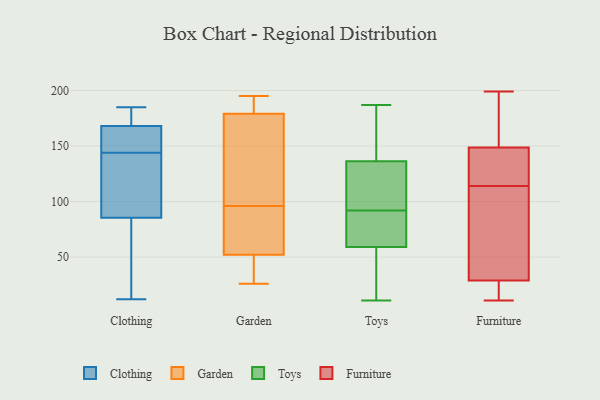
{"axis": {"x": "Temperature (°C)", "y": "Value"}, "legend": ["Clothing", "Furniture", "Garden", "Toys"], "data": [{"x": "", "y": 147, "type": "Clothing"}, {"x": "", "y": 182, "type": "Clothing"}, {"x": "", "y": 90, "type": "Clothing"}, {"x": "", "y": 185, "type": "Clothing"}, {"x": "", "y": 167, "type": "Clothing"}, {"x": "", "y": 114, "type": "Clothing"}, {"x": "", "y": 149, "type": "Clothing"}, {"x": "", "y": 110, "type": "Clothing"}, {"x": "", "y": 32, "type": "Clothing"}, {"x": "", "y": 169, "type": "Clothing"}, {"x": "", "y": 156, "type": "Clothing"}, {"x": "", "y": 185, "type": "Clothing"}, {"x": "", "y": 12, "type": "Clothing"}, {"x": "", "y": 174, "type": "Clothing"}, {"x": "", "y": 74, "type": "Clothing"}, {"x": "", "y": 138, "type": "Clothing"}, {"x": "", "y": 24, "type": "Clothing"}, {"x": "", "y": 81, "type": "Clothing"}, {"x": "", "y": 141, "type": "Clothing"}, {"x": "", "y": 149, "type": "Clothing"}, {"x": "", "y": 51, "type": "Garden"}, {"x": "", "y": 83, "type": "Garden"}, {"x": "", "y": 114, "type": "Garden"}, {"x": "", "y": 85, "type": "Garden"}, {"x": "", "y": 123, "type": "Garden"}, {"x": "", "y": 26, "type": "Garden"}, {"x": "", "y": 34, "type": "Garden"}, {"x": "", "y": 52, "type": "Garden"}, {"x": "", "y": 187, "type": "Garden"}, {"x": "", "y": 83, "type": "Garden"}, {"x": "", "y": 105, "type": "Garden"}, {"x": "", "y": 195, "type": "Garden"}, {"x": "", "y": 194, "type": "Garden"}, {"x": "", "y": 149, "type": "Garden"}, {"x": "", "y": 39, "type": "Garden"}, {"x": "", "y": 194, "type": "Garden"}, {"x": "", "y": 179, "type": "Garden"}, {"x": "", "y": 87, "type": "Garden"}, {"x": "", "y": 11, "type": "Toys"}, {"x": "", "y": 176, "type": "Toys"}, {"x": "", "y": 110, "type": "Toys"}, {"x": "", "y": 187, "type": "Toys"}, {"x": "", "y": 14, "type": "Toys"}, {"x": "", "y": 55, "type": "Toys"}, {"x": "", "y": 106, "type": "Toys"}, {"x": "", "y": 100, "type": "Toys"}, {"x": "", "y": 87, "type": "Toys"}, {"x": "", "y": 40, "type": "Toys"}, {"x": "", "y": 74, "type": "Toys"}, {"x": "", "y": 71, "type": "Toys"}, {"x": "", "y": 145, "type": "Toys"}, {"x": "", "y": 53, "type": "Toys"}, {"x": "", "y": 92, "type": "Toys"}, {"x": "", "y": 107, "type": "Toys"}, {"x": "", "y": 176, "type": "Toys"}, {"x": "", "y": 159, "type": "Toys"}, {"x": "", "y": 80, "type": "Toys"}, {"x": "", "y": 41, "type": "Furniture"}, {"x": "", "y": 114, "type": "Furniture"}, {"x": "", "y": 162, "type": "Furniture"}, {"x": "", "y": 122, "type": "Furniture"}, {"x": "", "y": 122, "type": "Furniture"}, {"x": "", "y": 127, "type": "Furniture"}, {"x": "", "y": 108, "type": "Furniture"}, {"x": "", "y": 25, "type": "Furniture"}, {"x": "", "y": 170, "type": "Furniture"}, {"x": "", "y": 16, "type": "Furniture"}, {"x": "", "y": 62, "type": "Furniture"}, {"x": "", "y": 44, "type": "Furniture"}, {"x": "", "y": 156, "type": "Furniture"}, {"x": "", "y": 199, "type": "Furniture"}, {"x": "", "y": 23, "type": "Furniture"}, {"x": "", "y": 123, "type": "Furniture"}, {"x": "", "y": 11, "type": "Furniture"}, {"x": "", "y": 187, "type": "Furniture"}, {"x": "", "y": 19, "type": "Furniture"}]}